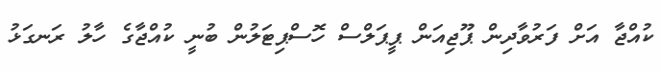
ކުއްޖާ އަށް ފަރުވާދިން ޕޫޖިއަން ޕީޕަލްސް ހޮސްޕިޓަލުން ބުނީ ކުއްޖާގެ ހާލު ރަނގަޅު